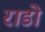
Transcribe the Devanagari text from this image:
राडो